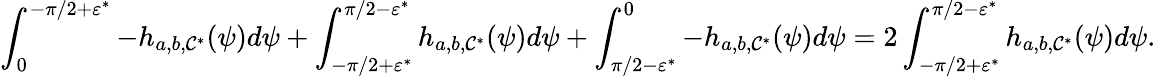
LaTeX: \int_{0}^{-\pi/2+\varepsilon^{*}}-h_{a,b,\mathcal{C}^{*}}(\psi)d\psi+\int_{-\pi/2+\varepsilon^{*}}^{\pi/2-\varepsilon^{*}}h_{a,b,\mathcal{C}^{*}}(\psi)d\psi+\int_{\pi/2-\varepsilon^{*}}^{0}-h_{a,b,\mathcal{C}^{*}}(\psi)d\psi=2\int_{-\pi/2+\varepsilon^{*}}^{\pi/2-\varepsilon^{*}}h_{a,b,\mathcal{C}^{*}}(\psi)d\psi.